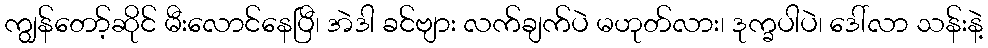
ကျွန်တော့်ဆိုင် မီးလောင်နေပြီ၊ အဲဒါ ခင်ဗျား လက်ချက်ပဲ မဟုတ်လား၊ ဒုက္ခပါပဲ၊ ဒေါ်လာ သန်းနဲ့